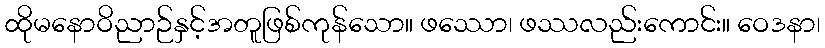
ထိုမနောဝိညာဉ်နှင့်အတူဖြစ်ကုန်သော။ ဖဿော၊ ဖဿလည်းကောင်း။ ဝေဒနာ၊